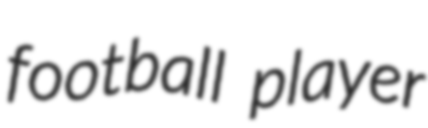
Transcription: football player